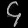
Digit: ၄